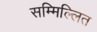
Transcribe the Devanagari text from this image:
सम्मिल्लित